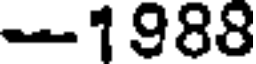
-1988